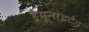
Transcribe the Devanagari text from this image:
हैयूनाइटेड